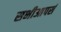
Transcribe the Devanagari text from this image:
सभीआपसं